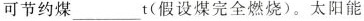
可节约煤___t(假设煤完全燃烧)。太阳能